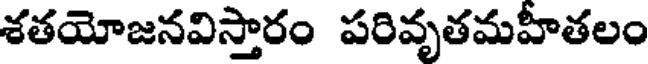
శతయోజనవిస్తారం పరివృతమహీతలం